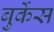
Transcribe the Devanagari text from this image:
बुर्केस